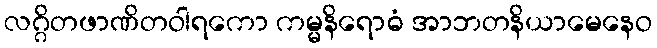
လဂ္ဂိတဖာဏိတဝါရကော ကမ္မနိရောဓံ အာဘတနိယာမေနေဝ